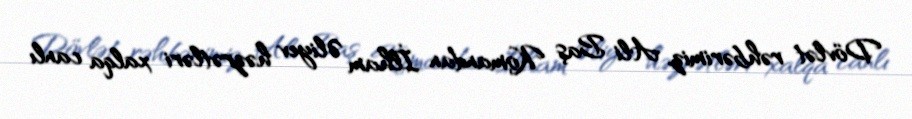
Dövlət rəhbərimiz, Ali Baş Komandan İlham Əliyev həzrətləri xalqa canlı